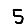
Digit: 5